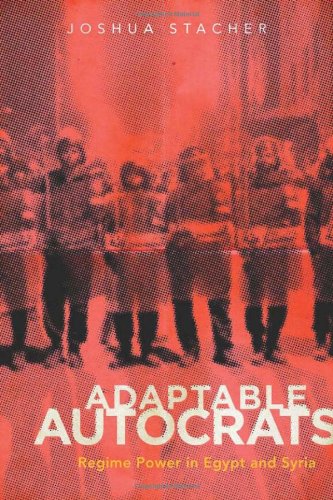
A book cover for Adaptable Autocrats: Regime Power in Egypt and Syria (Stanford Studies in Middle Eastern and Islamic Societies and Culture); Joshua Stacher; History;